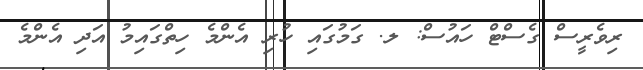
ރިވެރީސް ގެސްޓް ހައުސް: ލ. ގަމުގައި ހުރި އެންމެ ހިތްގައިމު އަދި އެންމެ